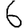
Digit: 6